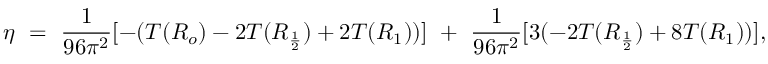
\eta ~ = ~ { \frac { 1 } { 9 6 \pi ^ { 2 } } } [ - ( T ( R _ { o } ) - 2 T ( R _ { \frac { 1 } { 2 } } ) + 2 T ( R _ { 1 } ) ) ] ~ + ~ { \frac { 1 } { 9 6 \pi ^ { 2 } } } [ 3 ( - 2 T ( R _ { \frac { 1 } { 2 } } ) + 8 T ( R _ { 1 } ) ) ] ,